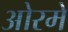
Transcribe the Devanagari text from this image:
ओरमे